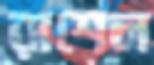
রাশেল